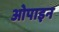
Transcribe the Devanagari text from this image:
ओपाइन